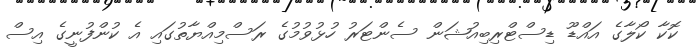
ކޮކާ ކޯލާގެ އައްޑޫ ޑިސްޓްރިބިއުޝަން ސެންޓަރު ހުޅުވުމުގެ ރަސްމިއްޔާތުގައި އެ ކުންފުނީގެ އިސް